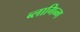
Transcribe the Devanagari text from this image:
ब्लागिन्ग